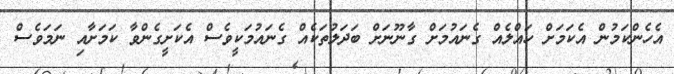
އެހެންކަމުން އެކަމަށް ހައްލެއް ގެނައުމަށް ގާނޫނަށް ބަދަލުތަކެއް ގެނައުމަކީވެސް އެކަށީގެންވާ ކަމަށާއި ނަމަވެސް